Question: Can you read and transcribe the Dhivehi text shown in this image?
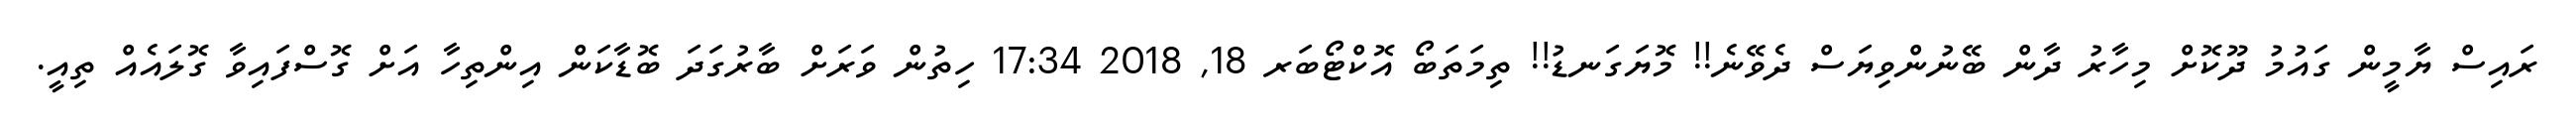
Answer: ރައިސް ޔާމީން ގައުމު ދޫކޮށް މިހާރު ދާން ބޭނުންވިޔަސް ދެވޭނެ!! މޮޔަގަނޑު!! ތިމަތަބޯ އޮކްޓޯބަރ 18, 2018 17:34 ހިތުން ވަރަށް ބާރުގަދަ ބޮޑާކަން އިންތިހާ އަށް ގޮސްފައިވާ ގޮލައެއް ތިއީ.